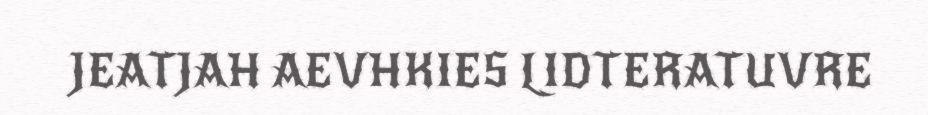
JEATJAH AEVHKIES LIDTERATUVRE